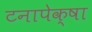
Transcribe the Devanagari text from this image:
टनापेक्षा